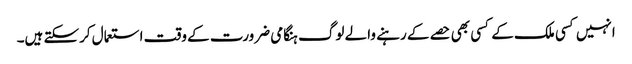
انہیں کسی ملک کے کسی بھی حصے کے رہنے والے لوگ ہنگامی ضرورت کے وقت استعمال کرسکتے ہیں۔